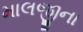
માલજીના